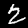
Label: 2